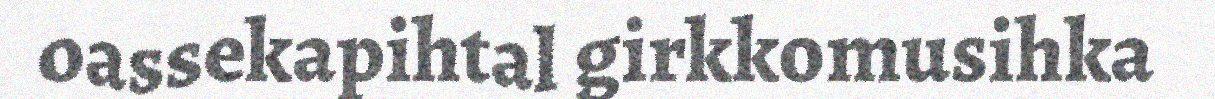
oassekapihtal girkkomusihka